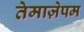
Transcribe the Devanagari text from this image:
तेमाज़ेपम